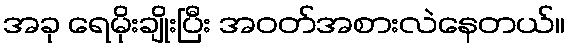
အခု ရေမိုးချိုးပြီး အဝတ်အစားလဲနေတယ်။